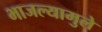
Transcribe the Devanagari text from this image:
भाजल्यामुले